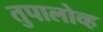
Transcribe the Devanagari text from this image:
तुपालोव्ह